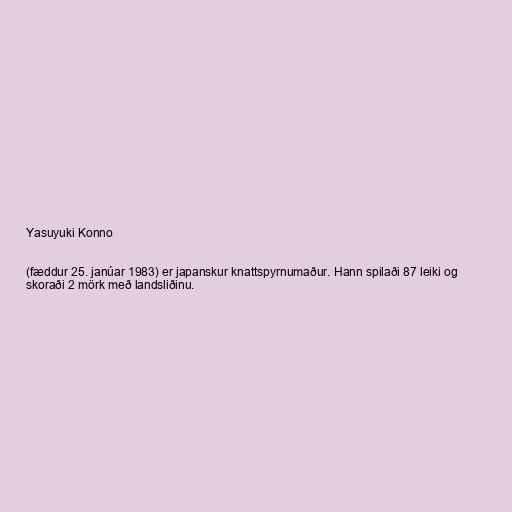
Yasuyuki Konno

(fæddur 25. janúar 1983) er japanskur knattspyrnumaður. Hann spilaði 87 leiki og
skoraði 2 mörk með landsliðinu.